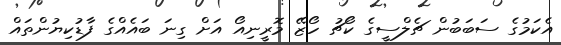
އެކަމުގެ ސަބަބުން ޗެލްސީގެ ކޯޗު ހޯޒޭ މޮރީނިއޯ އަށް ގިނަ ބައެއްގެ ފާޑުކިޔުންތައް